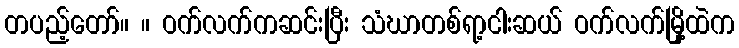
တပည့်တော်။ ။ ဝက်လက်ကဆင်းပြီး သံဃာတစ်ရာ့ငါးဆယ် ဝက်လက်မြို့ထဲက